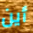
أين